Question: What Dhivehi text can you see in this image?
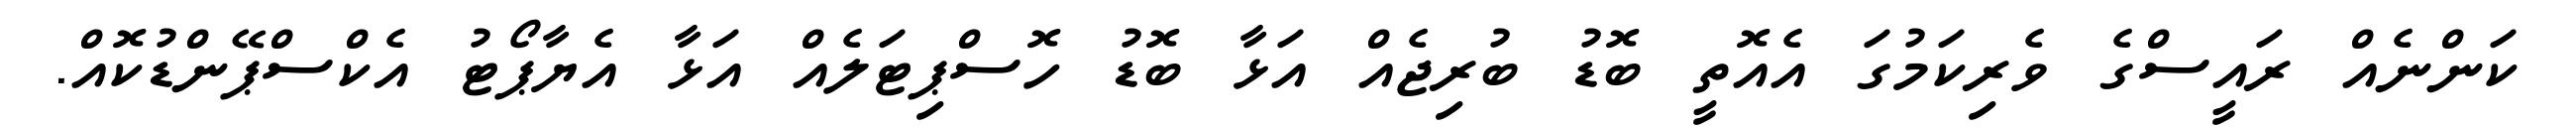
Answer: ކަންނެއް ރައީސްގެ ވެރިކަމުގަ އެއޮތީ ބޮޑު ބުރިޖެއް އަޅާ ބޮޑު ހޮސްޕިޓަލެއް އަޅާ އެޔާޕޯޓު އެކްސްޕޭންޑުކޮއް.